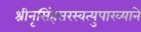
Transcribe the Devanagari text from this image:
श्रीनृसिंहसरस्वत्युपाख्याने